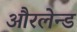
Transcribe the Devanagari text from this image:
औरलेन्ड